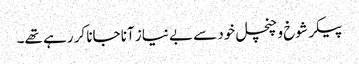
پیکر شوخ و چنچل خود سے بے نیاز آنا جانا کر رہے تھے۔